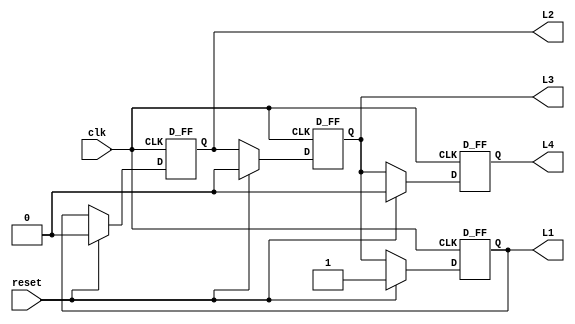
`timescale 1ns / 1ps
module ring_counter(reset,L1,L2,L3,L4,clk);

input clk,reset;
output  L1,L2,L3,L4;
wire temp,temp2,temp3,temp4;
assign temp= reset? 1: L3;
assign temp2=reset?0:L1;
assign temp3=reset?0:L2;
assign temp4=reset?0:L3;

D_FF d1(L1,temp,clk);
D_FF d2(L2,temp2,clk);
D_FF d3(L3,temp3,clk);
D_FF d4(L4,temp4,clk);



endmodule

module D_FF(Q,D,CLK);
input D,CLK;
output Q;
reg Q,NQ;
initial begin
Q=0;
NQ=0;
end
always @(posedge CLK)begin
Q<=D;
NQ<=~D;
end
endmodule